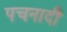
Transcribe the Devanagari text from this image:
पचनादी